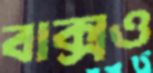
বাক্সও